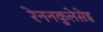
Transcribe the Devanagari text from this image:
रेननकुलेसेइ